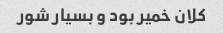
کلان خمیر بود و بسیار شور